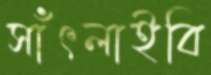
সাঁৎলাইবি